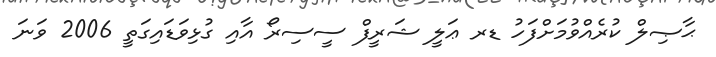
ޙާޞިލް ކުރެއްވުމަށްފަހު ޑރ ޢަލީ ޝަރީފް ސީސިރޯ އާއި ގުޅިވަޑައިގަތީ 2006 ވަނަ